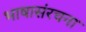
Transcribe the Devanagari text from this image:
भाषासंरचना